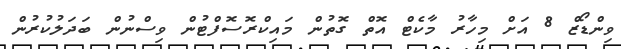
ވިންޑޯޒް 8 އަށް މިހާރު މާކެޓް އޮތް ގޮތުން މައިކްރޮސޮފްޓުން ވިސްނުން ބަދަލުކުރުން